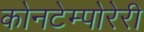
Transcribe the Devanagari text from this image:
कोनटेम्पोरेरी